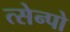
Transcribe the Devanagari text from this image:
त्सेन्पो